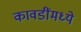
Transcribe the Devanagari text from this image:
कावडींमध्ये